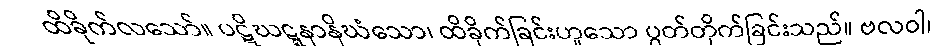
ထိခိုက်လသော်။ ပဋိဃဋ္ဋနာနိဃံသော၊ ထိခိုက်ခြင်းဟူသော ပွတ်တိုက်ခြင်းသည်။ ဗလဝါ၊